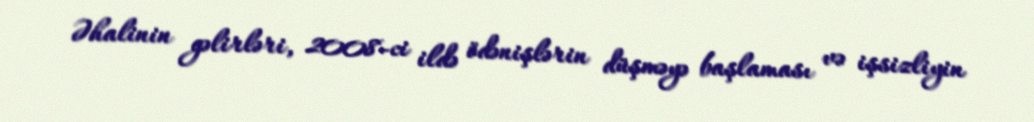
Əhalinin gəlirləri, 2008-ci ildə ödənişlərin düşməyə başlaması və işsizliyin